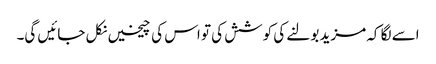
اسے لگا کہ مزید بولنے کی کوشش کی تو اس کی چیخیں نکل جائیں گی۔